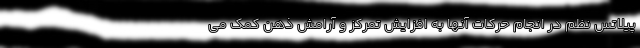
پیلاتس نظم در انجام حرکات آنها به افزایش تمرکز و آرامش ذهن کمک می